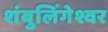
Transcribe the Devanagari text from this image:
शंबुलिंगेश्वर